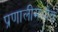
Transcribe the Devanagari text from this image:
प्रणालीमध्येच